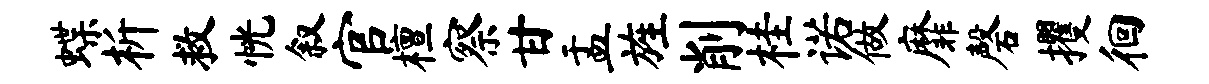
蝶析救恍叙官檀察甘盂旌削桂诺做靡磬攫徊